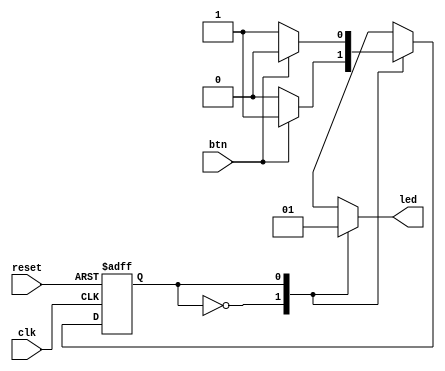
`timescale 1ns / 1ps
//////////////////////////////////////////////////////////////////////////////////
// Company: 
// Engineer: 
// 
// Design Name: 
// Module Name: Toggle
// Project Name: 
// Target Devices: 
// Tool Versions: 
// Description: 
// 
// Dependencies: 
// 
// Revision:
// Revision 0.01 - File Created
// Additional Comments:
// 
//////////////////////////////////////////////////////////////////////////////////


module Toggle(
    input wire clk, btn, reset,
    output wire led
    );
    reg temp, stateNext, stateReg;
    parameter off = 1'b0,
              on = 1'b1;
              
     always @(posedge clk, posedge reset)
           begin
                if(reset)
                    stateReg <=  0;
                else
                    stateReg <= stateNext;
           end
     always @*
        begin
            stateNext = stateReg;
            temp = 1'b0;
            case(stateReg)
            off:begin
                temp = 1'b0;
                if(btn)
                    stateNext = on;
                end
            on: begin
                temp = 1'b1;
                if(btn)
                    stateNext = off;
                end
            endcase
         end
    assign led = temp;
endmodule